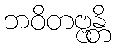
ဘဝိတဗ္ဗန္တိ